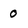
Character: 0